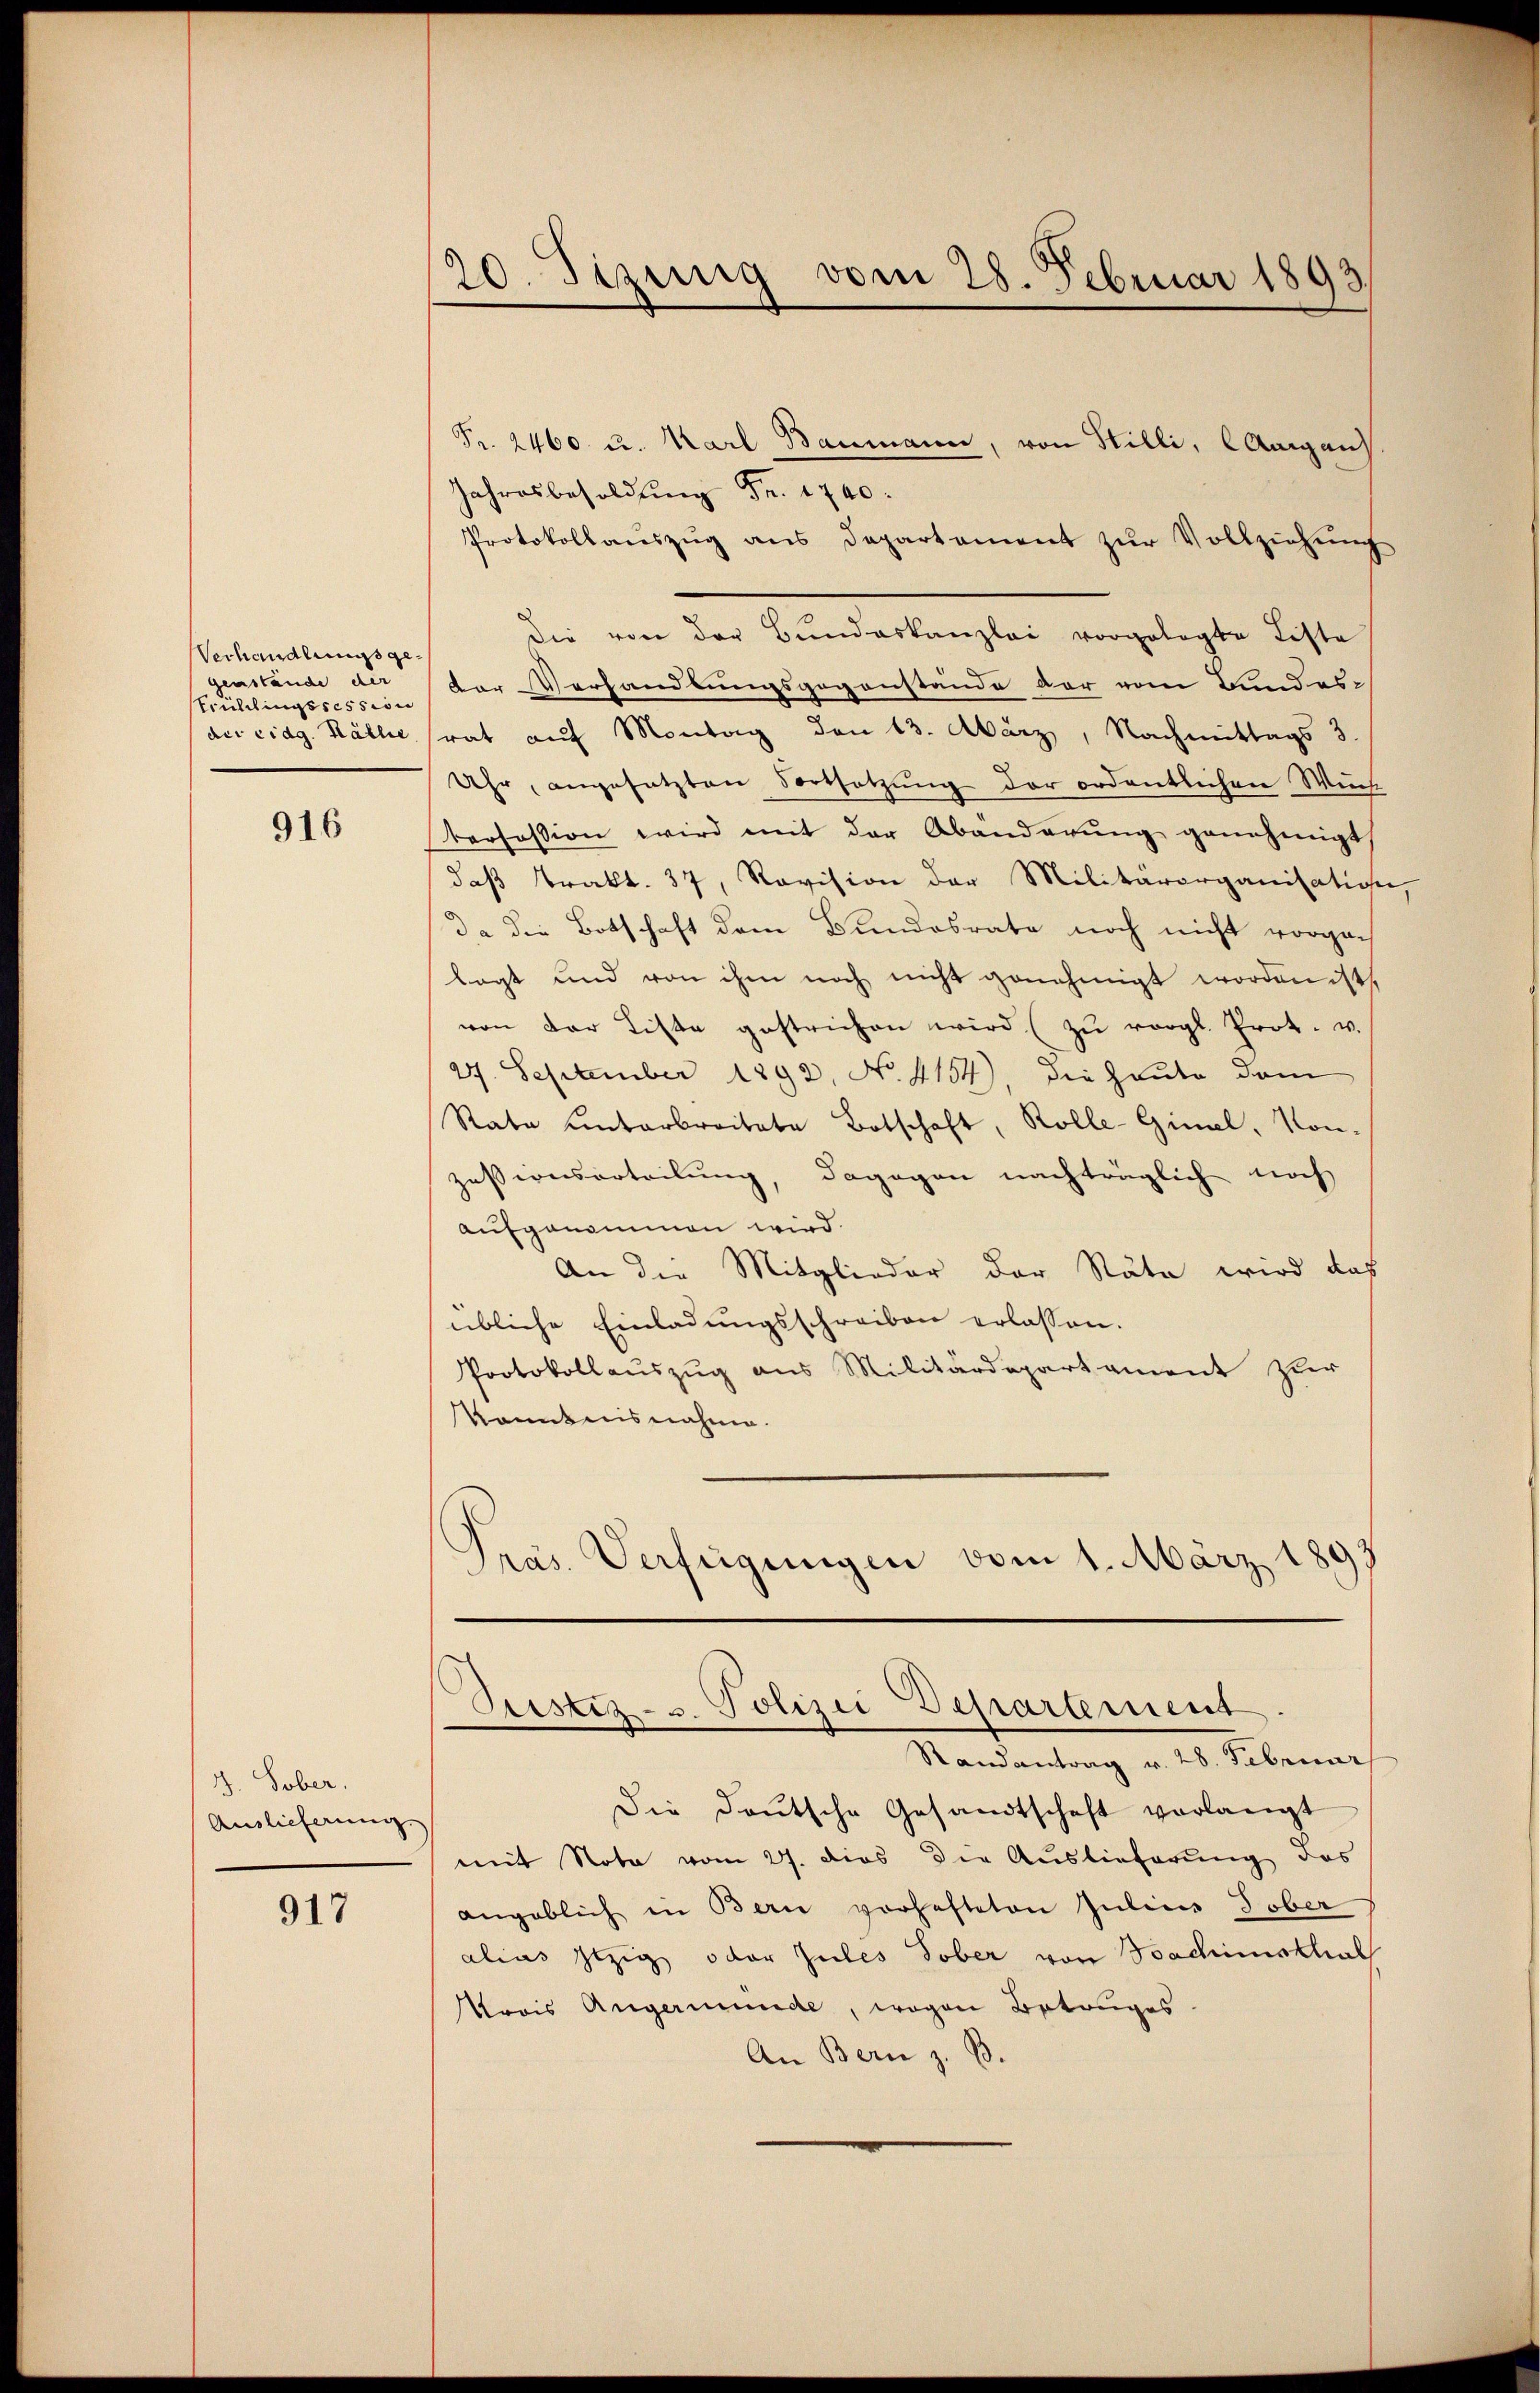
Verhandlungsgegenstände der
Frühlingssession

916

3. Sober.
Auslicherung

917

Pr. 2460 u. Karl Baumann, von Hilli, Aargau
Jahresbesoldung Fr. 1740.
Protokollaŭszŭg ans Departement zŭr Vollziehŭng
Die von der Bŭndeskanzlei vorgelegte Liste
Der Verhandlungsgegenstände der vom Bundes-
der eidg. Källe strat auf Montag den 13. März, Nachmittags 3.
Uhr, angesetzten Fortsetzung der ordentlichen Wuch
terfassion wird mit der Abänderŭng genehmigt,
daβ Trakt. 37, Revision der Militärorganisation,
da die Botschaft dem Bundesrate noch nicht vorgan
lagt und von ihm noch nicht genehmigt worden ist,
von der Liste gestrichen wird (zŭ vergl. Prot. u.
27. September 1892. No. 4154), die Haute dem
Rata unterbreitete Botschaft, Rolle-Gimel, Konzessionsorteilung, dagegen nachträglich noch
aufgenommen wird.
An die Mitglieder der Räte wird das
übliche Einladungsschreiben erlassen.
Protokollauszug aus Militärdepartament zur
kanntnisnahme.
d
Pras. Verfügungen vom 1. März 1

20. Sizung vom 28. Februar 1893/

Justiz- u. Polizei-Departement
Randantrag v. 28. Februar

Die deutsche Gesandtschaft verlangt
mit Nota vom 27. dies die Auslieferung des
angeblich in Bern vorhefteten Julius Tober
alius Itzig oder Zules Tober von Bachimsthal
trois Angermunde, wegen Betruges.
An Bern z. B.